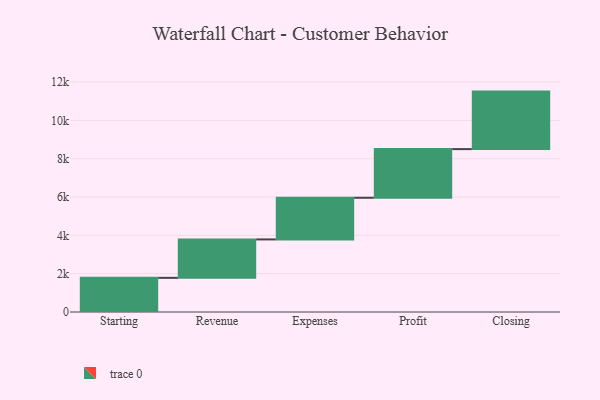
{"axis": {"x": "Step", "y": "Value"}, "legend": [""], "data": [{"x": "Starting", "y": 1782.0, "type": ""}, {"x": "Revenue", "y": 2005.0, "type": ""}, {"x": "Expenses", "y": 2174.0, "type": ""}, {"x": "Profit", "y": 2539.0, "type": ""}, {"x": "Closing", "y": 3000, "type": ""}]}